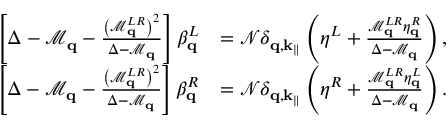
\begin{array} { r l } { \left[ \Delta - \mathcal { M } _ { \mathbf { q } } - \frac { \left( \mathcal { M } _ { \mathbf { q } } ^ { L R } \right) ^ { 2 } } { \Delta - \mathcal { M } _ { \mathbf { q } } } \right] \beta _ { \mathbf { q } } ^ { L } } & { = \mathcal { N } \delta _ { \mathbf { q } , \mathbf { k } _ { \parallel } } \left( \eta ^ { L } + \frac { \mathcal { M } _ { \mathbf { q } } ^ { L R } \eta _ { \mathbf { q } } ^ { R } } { \Delta - \mathcal { M } _ { \mathbf { q } } } \right) , } \\ { \left[ \Delta - \mathcal { M } _ { \mathbf { q } } - \frac { \left( \mathcal { M } _ { \mathbf { q } } ^ { L R } \right) ^ { 2 } } { \Delta - \mathcal { M } _ { \mathbf { q } } } \right] \beta _ { \mathbf { q } } ^ { R } } & { = \mathcal { N } \delta _ { \mathbf { q } , \mathbf { k } _ { \parallel } } \left( \eta ^ { R } + \frac { \mathcal { M } _ { \mathbf { q } } ^ { L R } \eta _ { \mathbf { q } } ^ { L } } { \Delta - \mathcal { M } _ { \mathbf { q } } } \right) . } \end{array}